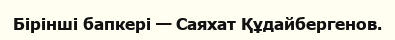
Бірінші бапкері — Саяхат Құдайбергенов.